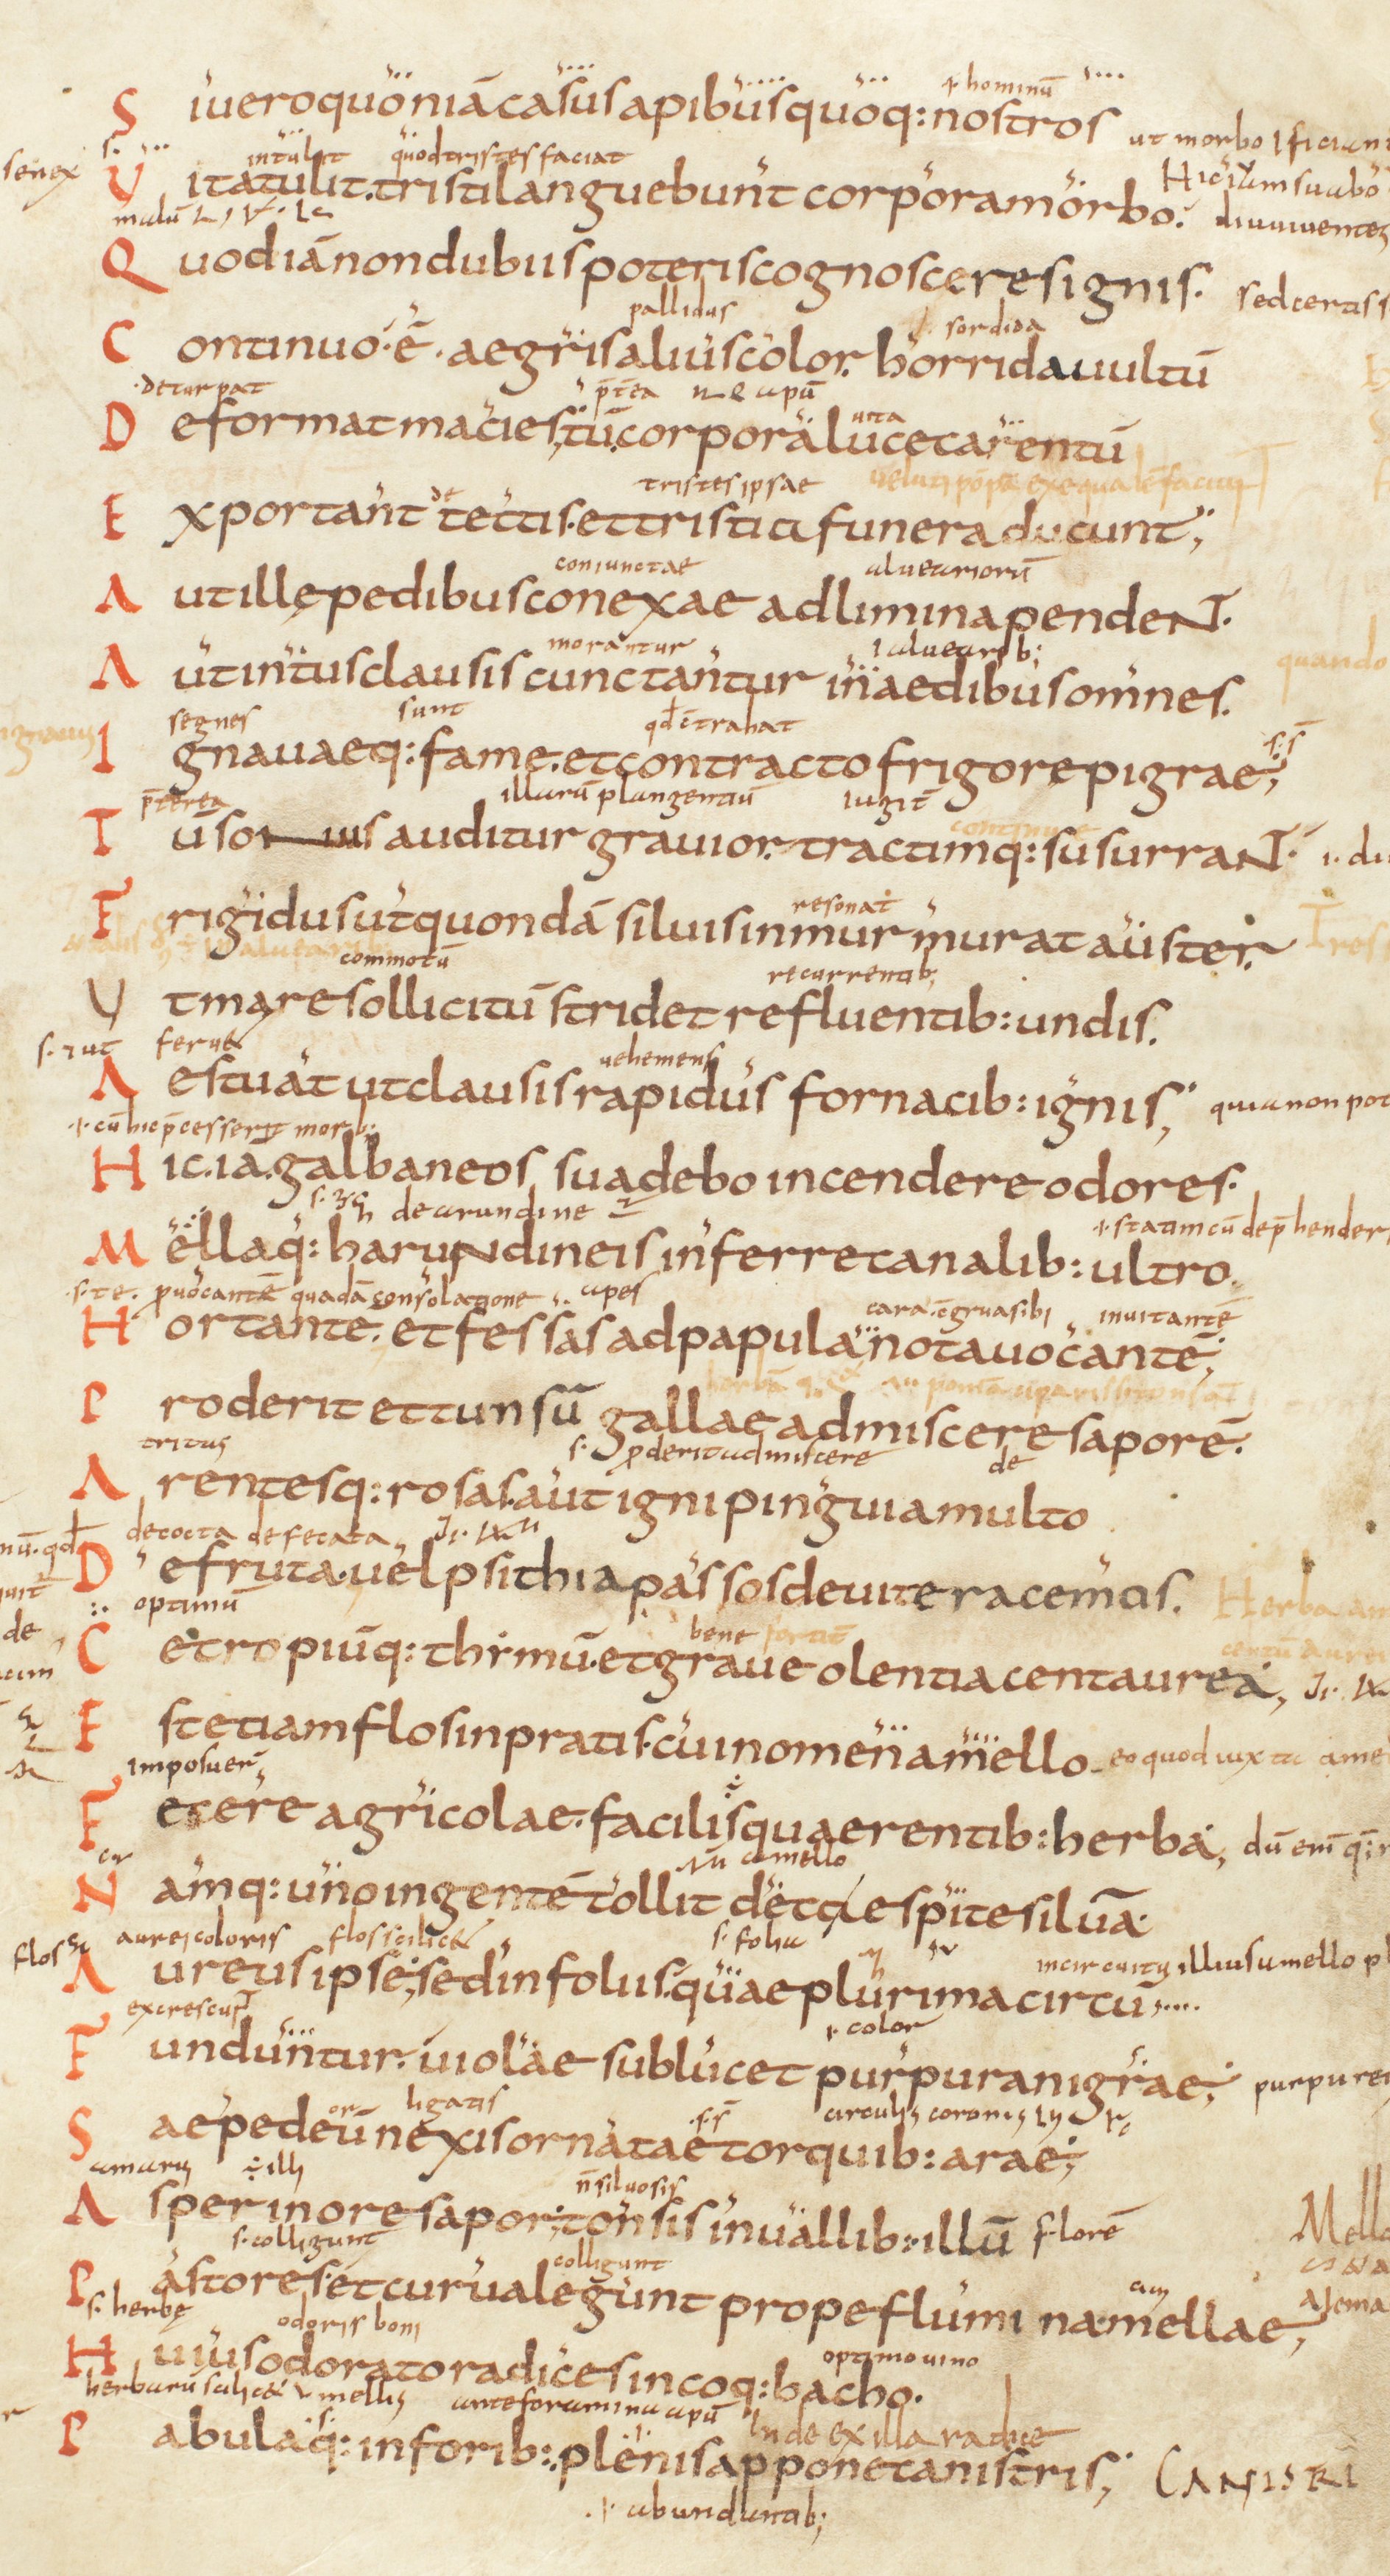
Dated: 825–849